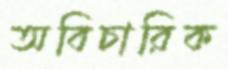
অবিচারিক